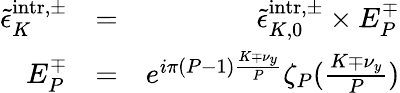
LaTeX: \begin{array}{rlr}{\tilde{\epsilon}_{K}^{\mathrm{intr},\pm}}&{=}&{\tilde{\epsilon}_{K,0}^{\mathrm{intr},\pm}\times E_{P}^{\mp}}\\ {E_{P}^{\mp}}&{=}&{e^{i\pi(P-1)\frac{K\mp\nu_{y}}{P}}\zeta_{P}(\frac{K\mp\nu_{y}}{P})}\end{array}